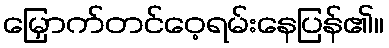
မြှောက်တင်ဝေ့ရမ်းနေပြန်၏။